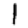
Digit: 1